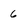
Character: 6